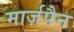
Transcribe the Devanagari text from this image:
मार्ज़पैन